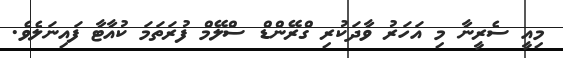
މިއީ ސެރީނާ މި އަހަރު ވާދަކުރި ގްރޭންޑް ސްލޭމް ފުރަތަމަ ކުއާޓާ ފައިނަލެވެ.